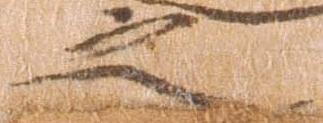
之